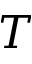
T